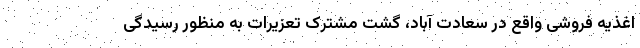
اغذیه فروشی‌ واقع در سعادت آباد، گشت مشترک تعزیرات به منظور رسیدگی